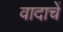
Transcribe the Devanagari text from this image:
वादाचें